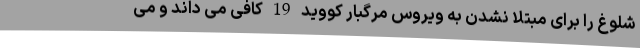
شلوغ را برای مبتلا نشدن به ویروس مرگبار کووید 19 کافی می داند و می